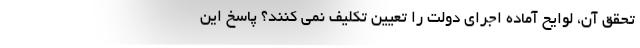
تحقق آن، لوایح آماده اجرای دولت را تعیین تکلیف نمی کنند؟ پاسخ این